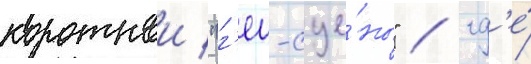
короткои "г'еи-сце́ны" / гд'е́